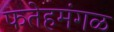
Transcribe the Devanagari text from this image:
फतेहमंगळ